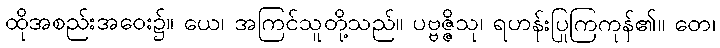
ထိုအစည်းအဝေး၌။ ယေ၊ အကြင်သူတို့သည်။ ပဗ္ဗဇ္ဇိသု၊ ရဟန်းပြုကြကုန်၏။ တေ၊